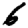
Digit: 6